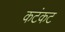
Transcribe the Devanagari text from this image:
कटंकट